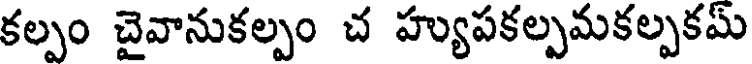
కల్పం చైవానుకల్పం చ హ్యుపకల్పమకల్పకమ్